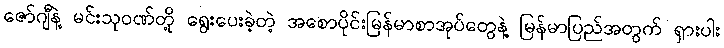
ဇော်ဂျီနဲ့ မင်းသုဝဏ်တို့ ရွေးပေးခဲ့တဲ့ အစောပိုင်းမြန်မာစာအုပ်တွေနဲ့ မြန်မာပြည်အတွက် ရှားပါး